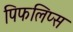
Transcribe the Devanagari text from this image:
पिफलिप्स